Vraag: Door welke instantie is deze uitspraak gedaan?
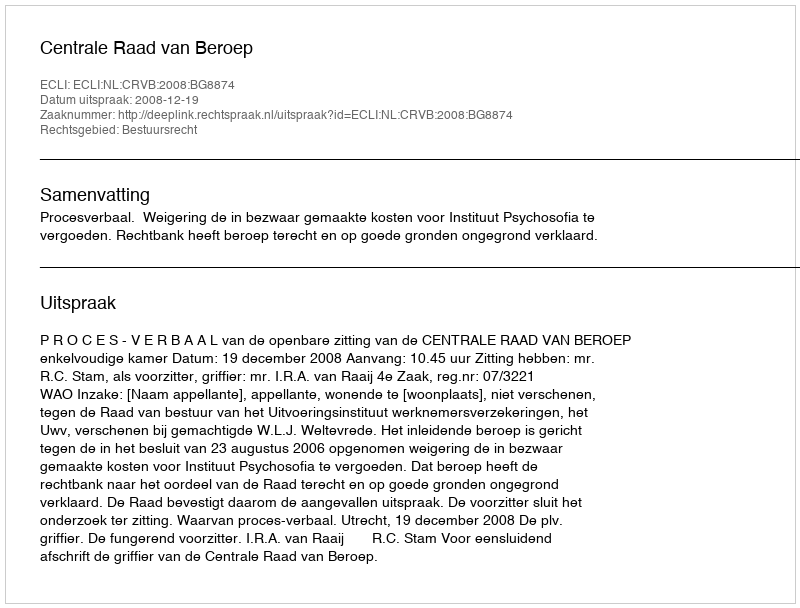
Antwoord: Centrale Raad van Beroep